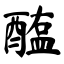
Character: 醢